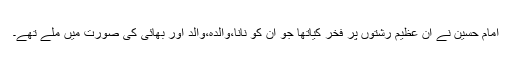
امام حسین نے ان عظیم رشتوں پر فخر کیاتھا جو ان کو نانا،والدہ،والد اور بھائی کی صورت میں ملے تھے۔